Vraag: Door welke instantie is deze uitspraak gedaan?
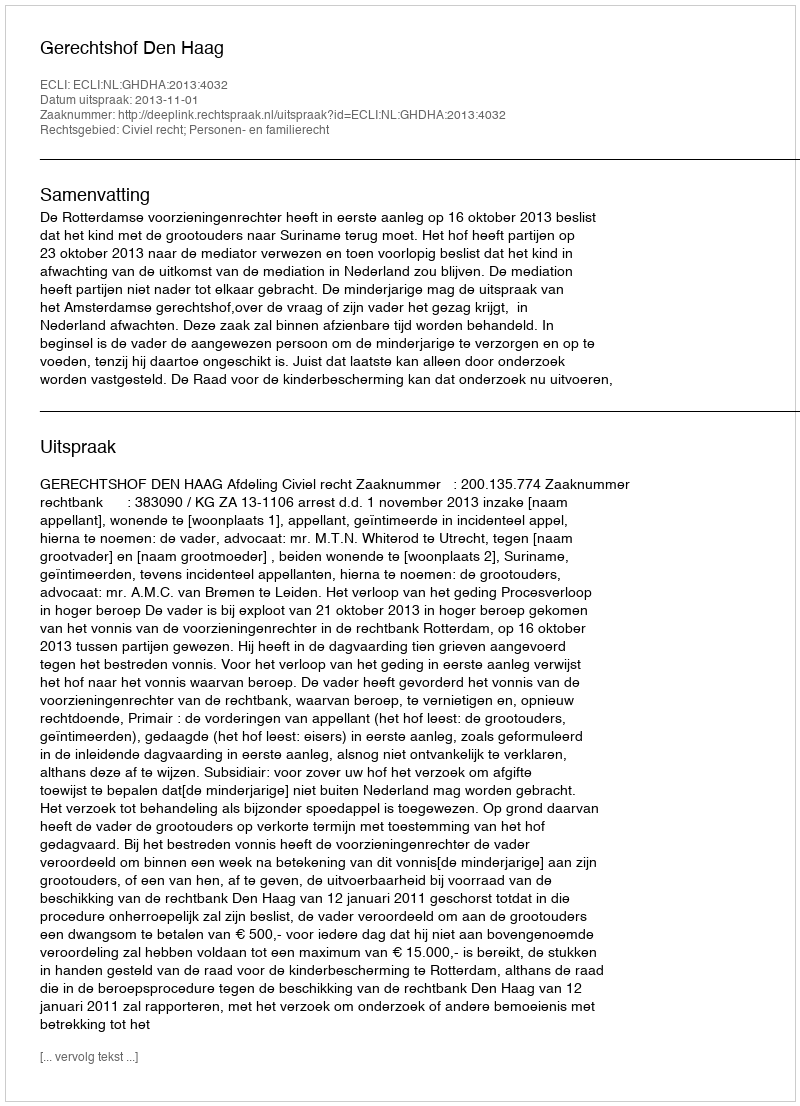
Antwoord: Gerechtshof Den Haag